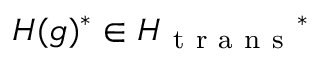
H ( g ) ^ { * } \in H _ { \mathrm { ~ t ~ r ~ a ~ n ~ s ~ } } { } ^ { * }